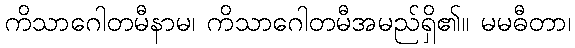
ကိသာဂေါတမီနာမ၊ ကိသာဂေါတမီအမည်ရှိ၏။ မမဓီတာ၊